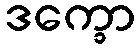
ဒက္ခော